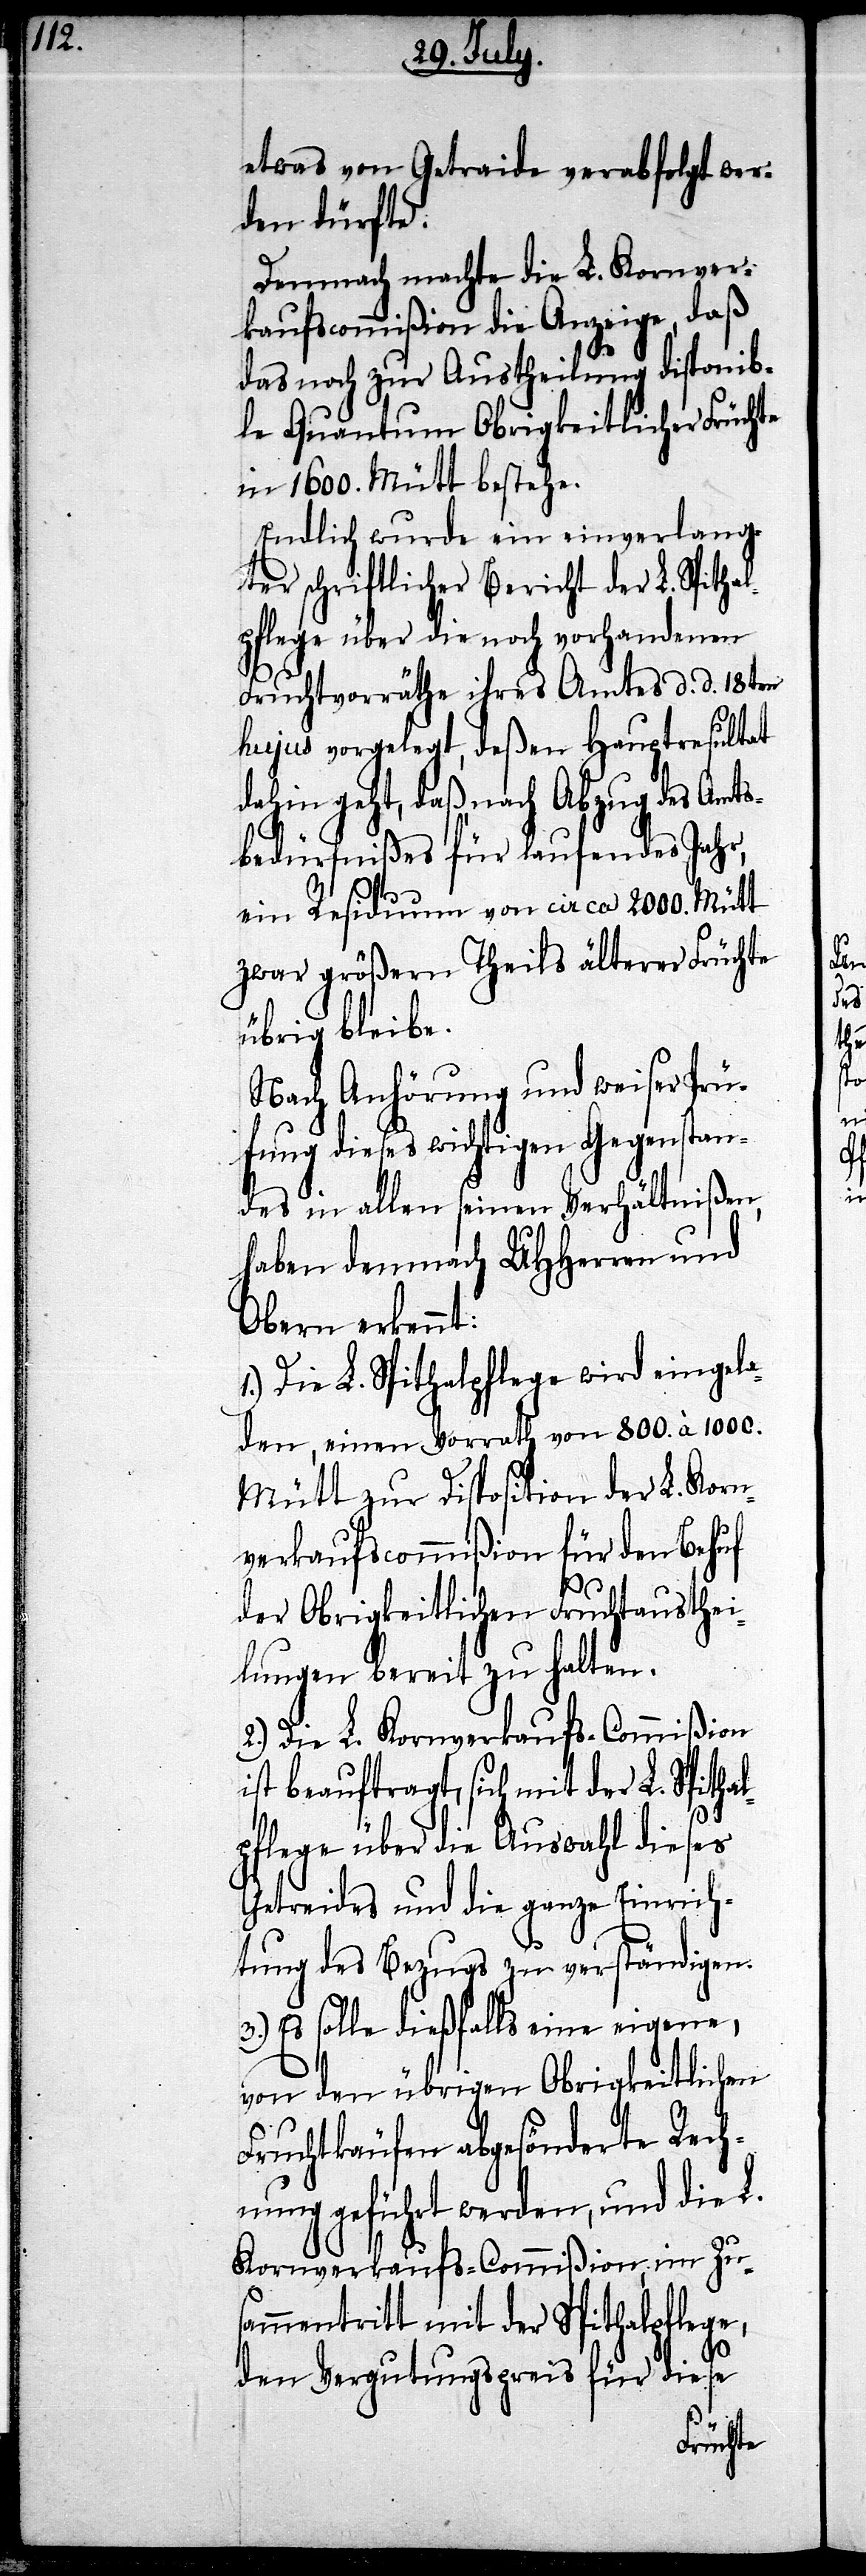
etwas von Getraide verabfolgt wer¬
den dürfte.
Demnach machte die L. Kornver¬
kaufscommißion die Anzeige, daß
das noch zur Austheilung disponib¬
le Quantum Obrigkeitlicher Früchte
in 1600. Mütt bestehe.
Endlich wurde ein einverlang¬
ter schriftlicher Bericht der L. Spithal¬
pflege über die noch vorhandenen
Fruchtvorräthe ihres Amtes d. d. 18ten
hujus vorgelegt, deßen Hauptresultat
dahin geht, daß nach Abzug des Amts¬
bedürfnißes für laufendes Jahr,
ein Residuum von circa 2000. Mütt
zwar größern Theils älterer Früchte
übrig bleibe.
Nach Anhörung und weiser Prü¬
fung dieses wichtigen Gegenstan¬
des in allen seinen Verhältnißen,
haben demnach UHHerren und
Obern erkennt:
1.) Die L. Spithalpflege wird eingela¬
den, einen Vorrath von 800. à 1000.
Mütt zur Disposition der L. Korn¬
verkaufscommißion für den Behuf
der Obrigkeitlichen Fruchtausthei¬
lungen bereit zu halten.
2.) Die L. Kornverkaufs-Commißion
ist beauftragt, sich mit der L. Spitha¬
lpflege über die Auswahl dieses
Getreides und die ganze Einrich¬
tung des Bezugs zu verständigen.
3.) Es solle dießfalls eine eigene,
von den übrigen Obrigkeitlichen
Fruchtkäufen abgesönderte Rech¬
nung geführt werden, und die L.
Kornverkaufs-Commißion, im Zu¬
sammentritt mit der Spithalpflege,
für diese
den Vergutungspreis